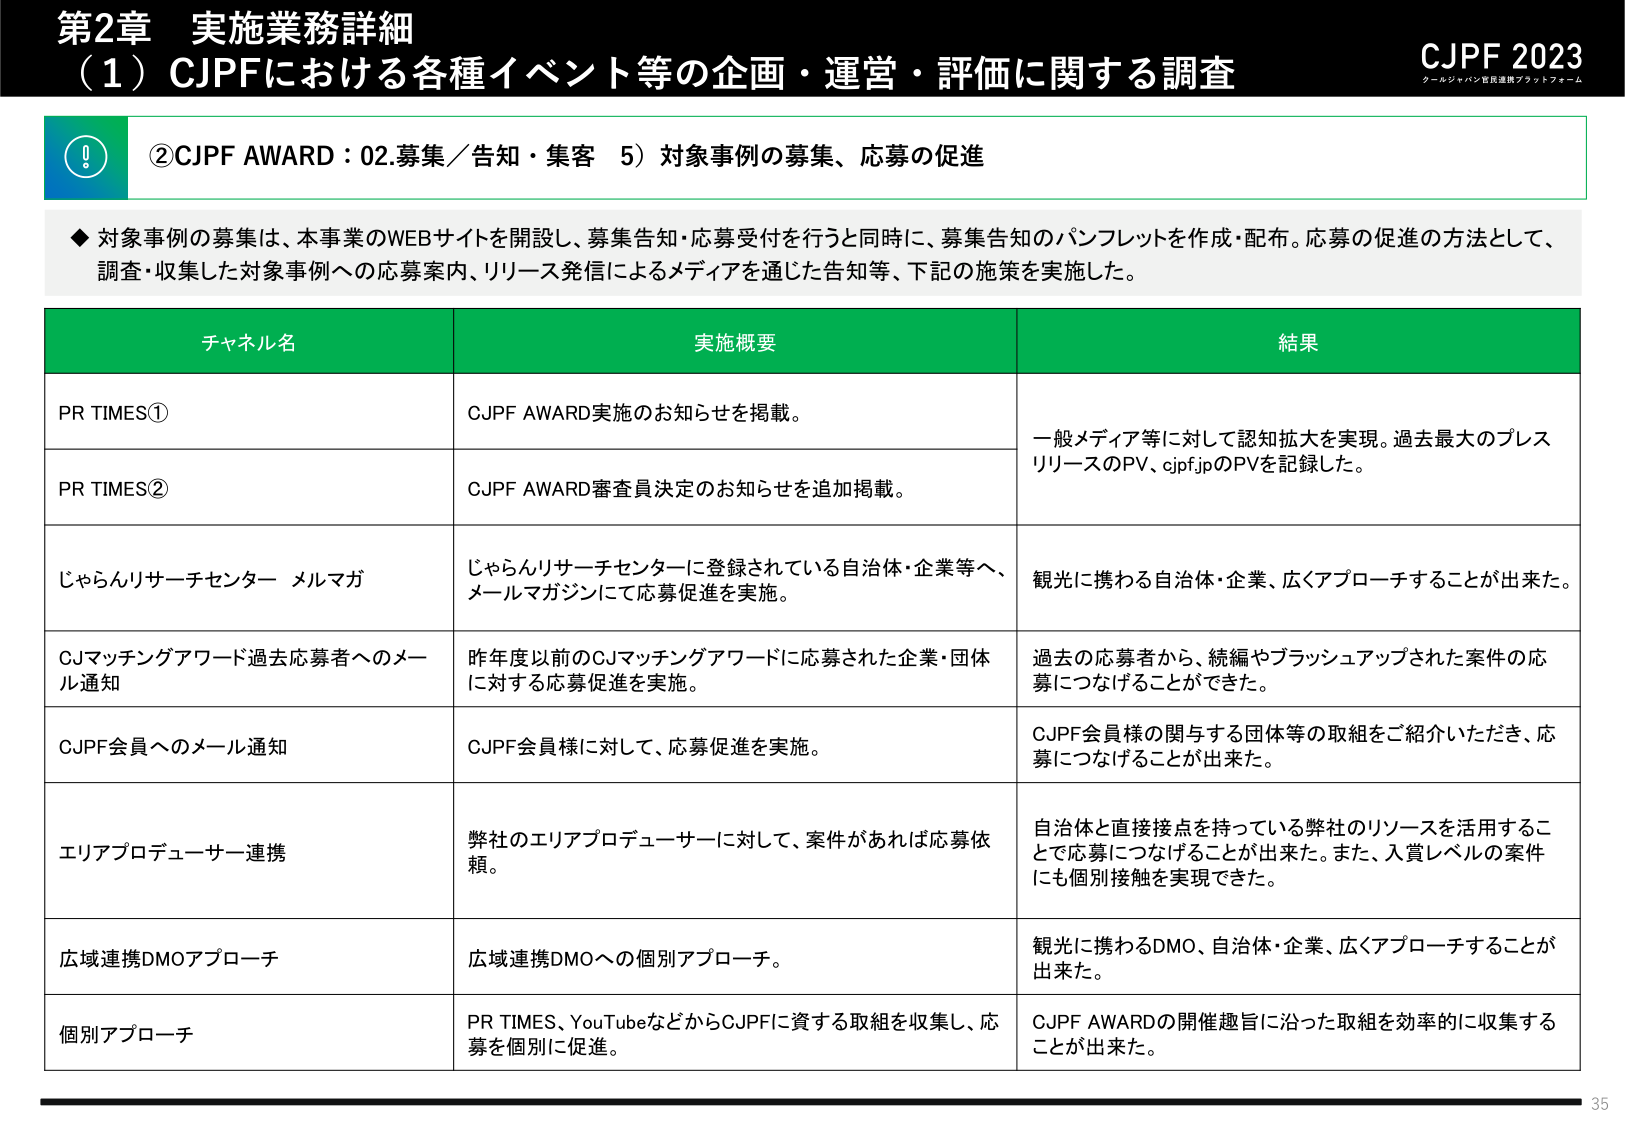
第2章 実施業務詳細
（1）CJPFにおける各種イベント等の企画・運営・評価に関する調査
CJPF 2023
クールジャパン官民連携プラットフォーム

②CJPF AWARD：02.募集／告知・集客 5）対象事例の募集、応募の促進

◆ 対象事例の募集は、本事業のWEBサイトを開設し、募集告知・応募受付を行うと同時に、募集告知のパンフレットを作成・配布。応募の促進の方法として、調査・収集した対象事例への応募案内、リリース発信によるメディアを通じた告知等、下記の施策を実施した。

| チャネル名 | 実施概要 | 結果 |
|------------|----------|------|
| PR TIMES① | CJPF AWARD実施のお知らせを掲載。 | 一般メディア等に対して認知拡大を実現。過去最大のプレスリリースのPV、cjpfp.jpのPVを記録した。 |
| PR TIMES② | CJPF AWARD審査員決定のお知らせを追加掲載。 | |
| じゃらんリサーチセンター メルマガ | じゃらんリサーチセンターに登録されている自治体・企業等へ、メールマガジンにて応募促進を実施。 | 観光に携わる自治体・企業、広くアプローチすることができた。 |
| CJマッチングアワード過去応募者へのメール通知 | 昨年度以前のCJマッチングアワードに応募された企業・団体に対する応募促進を実施。 | 過去の応募者から、続編やブラッシュアップされた案件の応募につなげることができた。 |
| CJPF会員へのメール通知 | CJPF会員様に対して、応募促進を実施。 | CJPF会員様の関与する団体等の取組をご紹介いただき、応募につなげることができた。 |
| エリアプロデューサー連携 | 弊社のエリアプロデューサーに対して、案件があれば応募依頼。 | 自治体と直接接点を持っている弊社のリソースを活用することで応募につなげることが出来た。また、入賞レベルの案件にも個別接触を実現できた。 |
| 広域連携DMOアプローチ | 広域連携DMOへの個別アプローチ。 | 観光に携わるDMO、自治体・企業、広くアプローチすることができた。 |
| 個別アプローチ | PR TIMES、YouTubeなどからCJPFに資する取組を収集し、応募を個別に促進。 | CJPF AWARDの開催趣旨に沿った取組を効率的に収集することができた。 |

35